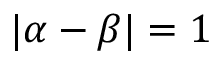
| { \boldsymbol { \alpha } } - { \boldsymbol { \beta } } | = 1